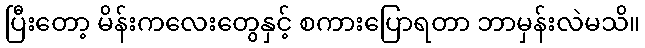
ပြီးတော့ မိန်းကလေးတွေနှင့် စကားပြောရတာ ဘာမှန်းလဲမသိ။